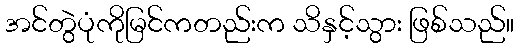
အင်တွဲပုံကိုမြင်ကတည်းက သိနှင့်သွား ဖြစ်သည်။